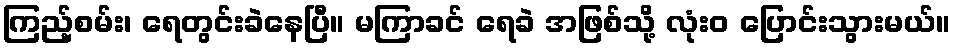
ကြည့်စမ်း၊ ရေတွင်းခဲနေပြီ။ မကြာခင် ရေခဲ အဖြစ်သို့ လုံးဝ ပြောင်းသွားမယ်။